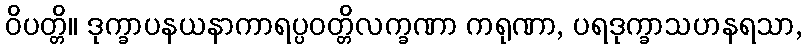
ဝိပတ္တိ။ ဒုက္ခာပနယနာကာရပ္ပဝတ္တိလက္ခဏာ ကရုဏာ, ပရဒုက္ခာသဟနရသာ,